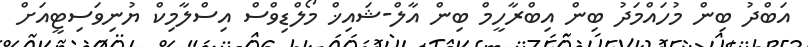
އަބްދު ބިން މުހައްމަދު ބިން އިބްރާހީމް ބިން އާލް-ޝައިޚް މޯލްޑިވްސް އިސްލާމިކް ޔުނިވަސިޓީއަށް